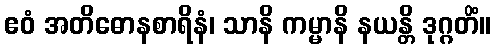
ဧဝံ အတိဓောနစာရိနံ၊ သာနိ ကမ္မာနိ နယန္တိ ဒုဂ္ဂတိံ။